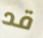
قد